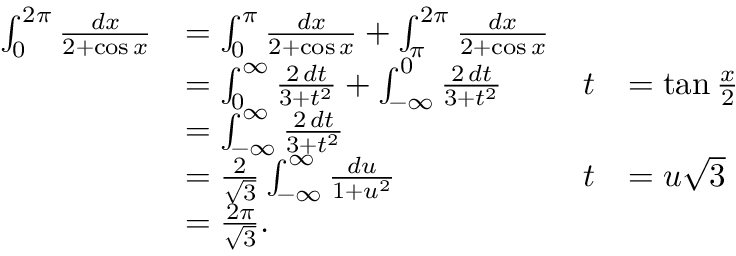
{ \begin{array} { r l r l } { \int _ { 0 } ^ { 2 \pi } { \frac { d x } { 2 + \cos x } } } & { = \int _ { 0 } ^ { \pi } { \frac { d x } { 2 + \cos x } } + \int _ { \pi } ^ { 2 \pi } { \frac { d x } { 2 + \cos x } } } \\ & { = \int _ { 0 } ^ { \infty } { \frac { 2 \, d t } { 3 + t ^ { 2 } } } + \int _ { - \infty } ^ { 0 } { \frac { 2 \, d t } { 3 + t ^ { 2 } } } } & { t } & { = \tan { \frac { x } { 2 } } } \\ & { = \int _ { - \infty } ^ { \infty } { \frac { 2 \, d t } { 3 + t ^ { 2 } } } } \\ & { = { \frac { 2 } { \sqrt { 3 } } } \int _ { - \infty } ^ { \infty } { \frac { d u } { 1 + u ^ { 2 } } } } & { t } & { = u { \sqrt { 3 } } } \\ & { = { \frac { 2 \pi } { \sqrt { 3 } } } . } \end{array} }